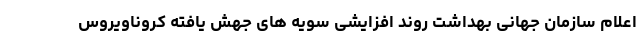
اعلام سازمان جهانی بهداشت روند افزایشی سویه های جهش یافته کروناویروس